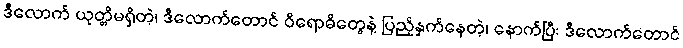
ဒီလောက် ယုတ္တိမရှိတဲ့၊ ဒီလောက်တောင် ဝိရောဓိတွေနဲ့ ပြည့်နှက်နေတဲ့၊ နောက်ပြီး ဒီလောက်တောင်